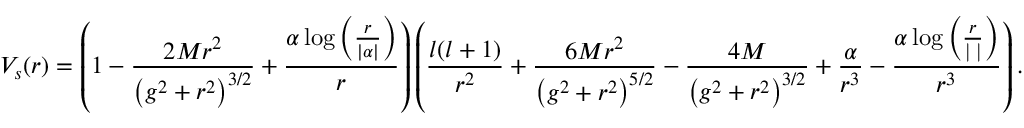
V _ { s } ( r ) = \left( 1 - \frac { 2 M r ^ { 2 } } { \left( g ^ { 2 } + r ^ { 2 } \right) ^ { 3 / 2 } } + \frac { \alpha \log \left( \frac { r } { \vert \alpha \vert } \right) } { r } \right) \left( \frac { l ( l + 1 ) } { r ^ { 2 } } + \frac { 6 M r ^ { 2 } } { \left( g ^ { 2 } + r ^ { 2 } \right) ^ { 5 / 2 } } - \frac { 4 M } { \left( g ^ { 2 } + r ^ { 2 } \right) ^ { 3 / 2 } } + \frac { \alpha } { r ^ { 3 } } - \frac { \alpha \log \left( \frac { r } { \operatorname { \vert \alpha \vert } } \right) } { r ^ { 3 } } \right) .